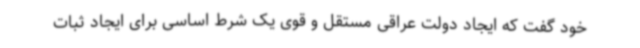
خود گفت که ایجاد دولت عراقی مستقل و قوی یک شرط اساسی برای ایجاد ثبات